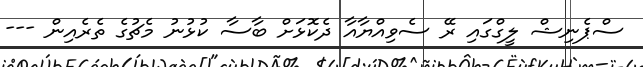
ސްޕެނިޝް ލީގްގައި ރޭ ސެވިއްޔާއާ ދެކޮޅަށް ބާސާ ކުޅުނު މެޗުގެ ތެރެއިން ---